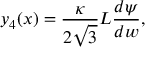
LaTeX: y _ { 4 } ( x ) = \frac { \kappa } { 2 \sqrt { 3 } } L \frac { d \psi } { d w } ,